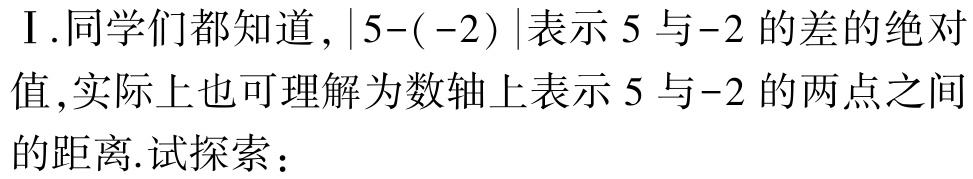
Ⅰ.同学们都知道，$|5 - (-2)|$表示$5$与$-2$的差的绝对值，实际上也可理解为数轴上表示$5$与$-2$的两点之间的距离.试探索：